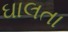
ઘાલતા